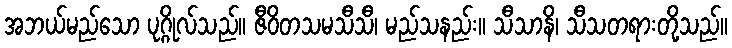
အဘယ်မည်သော ပုဂ္ဂိုလ်သည်။ ဇီဝိတသမသီသီ၊ မည်သနည်း။ သီသာနိ၊ သီသတရားတို့သည်။